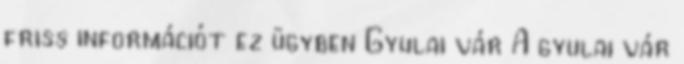
friss információt ez ügyben Gyulai vár A gyulai vár